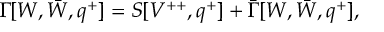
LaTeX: \Gamma [ W , \bar { W } , q ^ { + } ] = S [ V ^ { + + } , q ^ { + } ] + \bar { \Gamma } [ W , \bar { W } , q ^ { + } ] ,